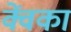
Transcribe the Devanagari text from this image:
क्वेंका